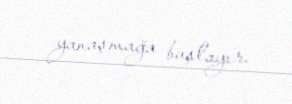
yanaşmağa başlayır.